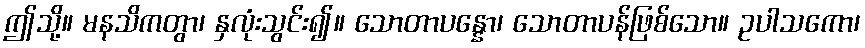
ဤသို့။ မနသိကတွာ၊ နှလုံးသွင်း၍။ သောတာပန္နော၊ သောတာပန်ဖြစ်သော။ ဥပါသကော၊